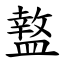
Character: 盩